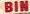
bin